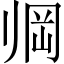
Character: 𱍱